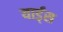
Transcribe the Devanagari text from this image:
यार्ड्‌स